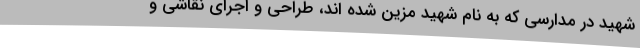
شهید در مدارسی که به نام شهید مزین شده اند، طراحی و اجرای نقاشی و